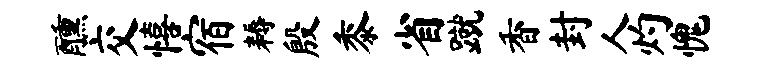
醺交僖宿耨殷黍省蹴香封人灼愧